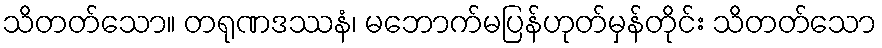
သိတတ်သော။ တရုဏဒဿနံ၊ မဘောက်မပြန်ဟုတ်မှန်တိုင်း သိတတ်သော